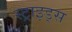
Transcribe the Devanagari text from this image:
स्ट्राइड्स